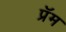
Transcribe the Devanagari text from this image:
प्रॅम